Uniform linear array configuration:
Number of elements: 24
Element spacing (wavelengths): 1
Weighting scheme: cosine
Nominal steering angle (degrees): -30
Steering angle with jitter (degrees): -31.519
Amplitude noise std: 0.05
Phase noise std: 0.05

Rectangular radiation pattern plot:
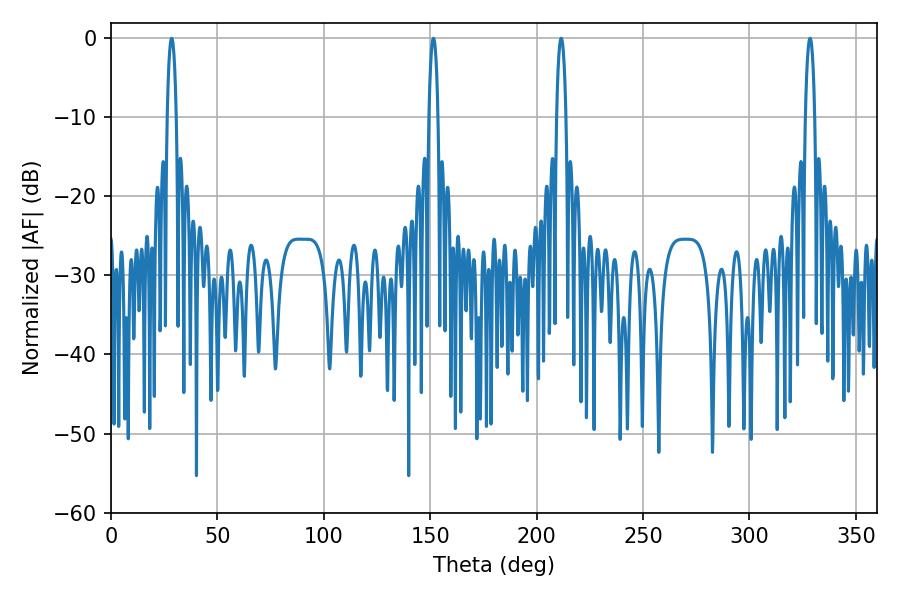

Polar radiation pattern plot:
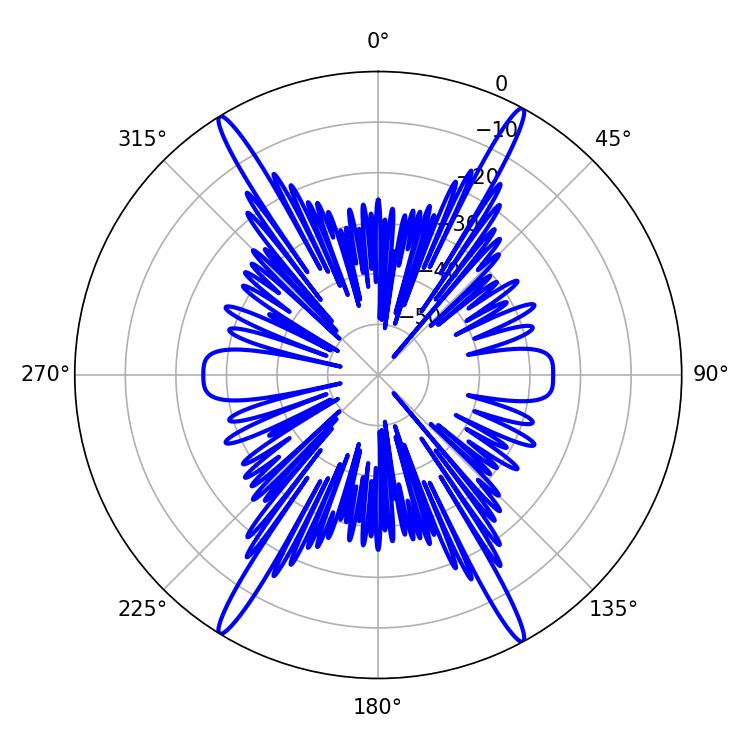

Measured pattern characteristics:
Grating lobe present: TRUE
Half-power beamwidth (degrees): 2.52
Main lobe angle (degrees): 211.5